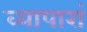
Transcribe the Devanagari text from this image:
व्यापारां